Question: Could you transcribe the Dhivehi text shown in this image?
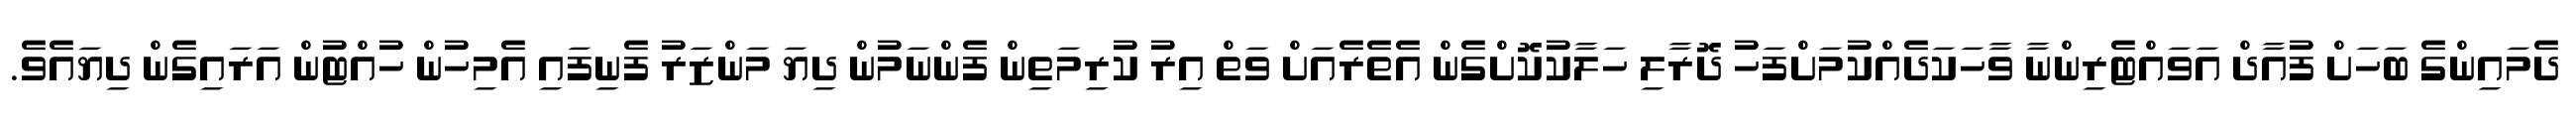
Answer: ދެމައިންގެ ބަހަށް ފުއާދް އަވައްޓެރިންނާ ވާހަކަދެއްކުމަށްފަހު ދޮރާލި ހަލާކުކޮށްގެން އެތެރެއަށް ވަތް އިރު ކުރިމަތިން ފެންނަމުން ދިޔަ މަންޒަރު ފެނިފައި އެމިހުން ހުއްޓުން އަރައިގެން ދިޔައެވެ.